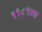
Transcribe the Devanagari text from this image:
१९८९ला